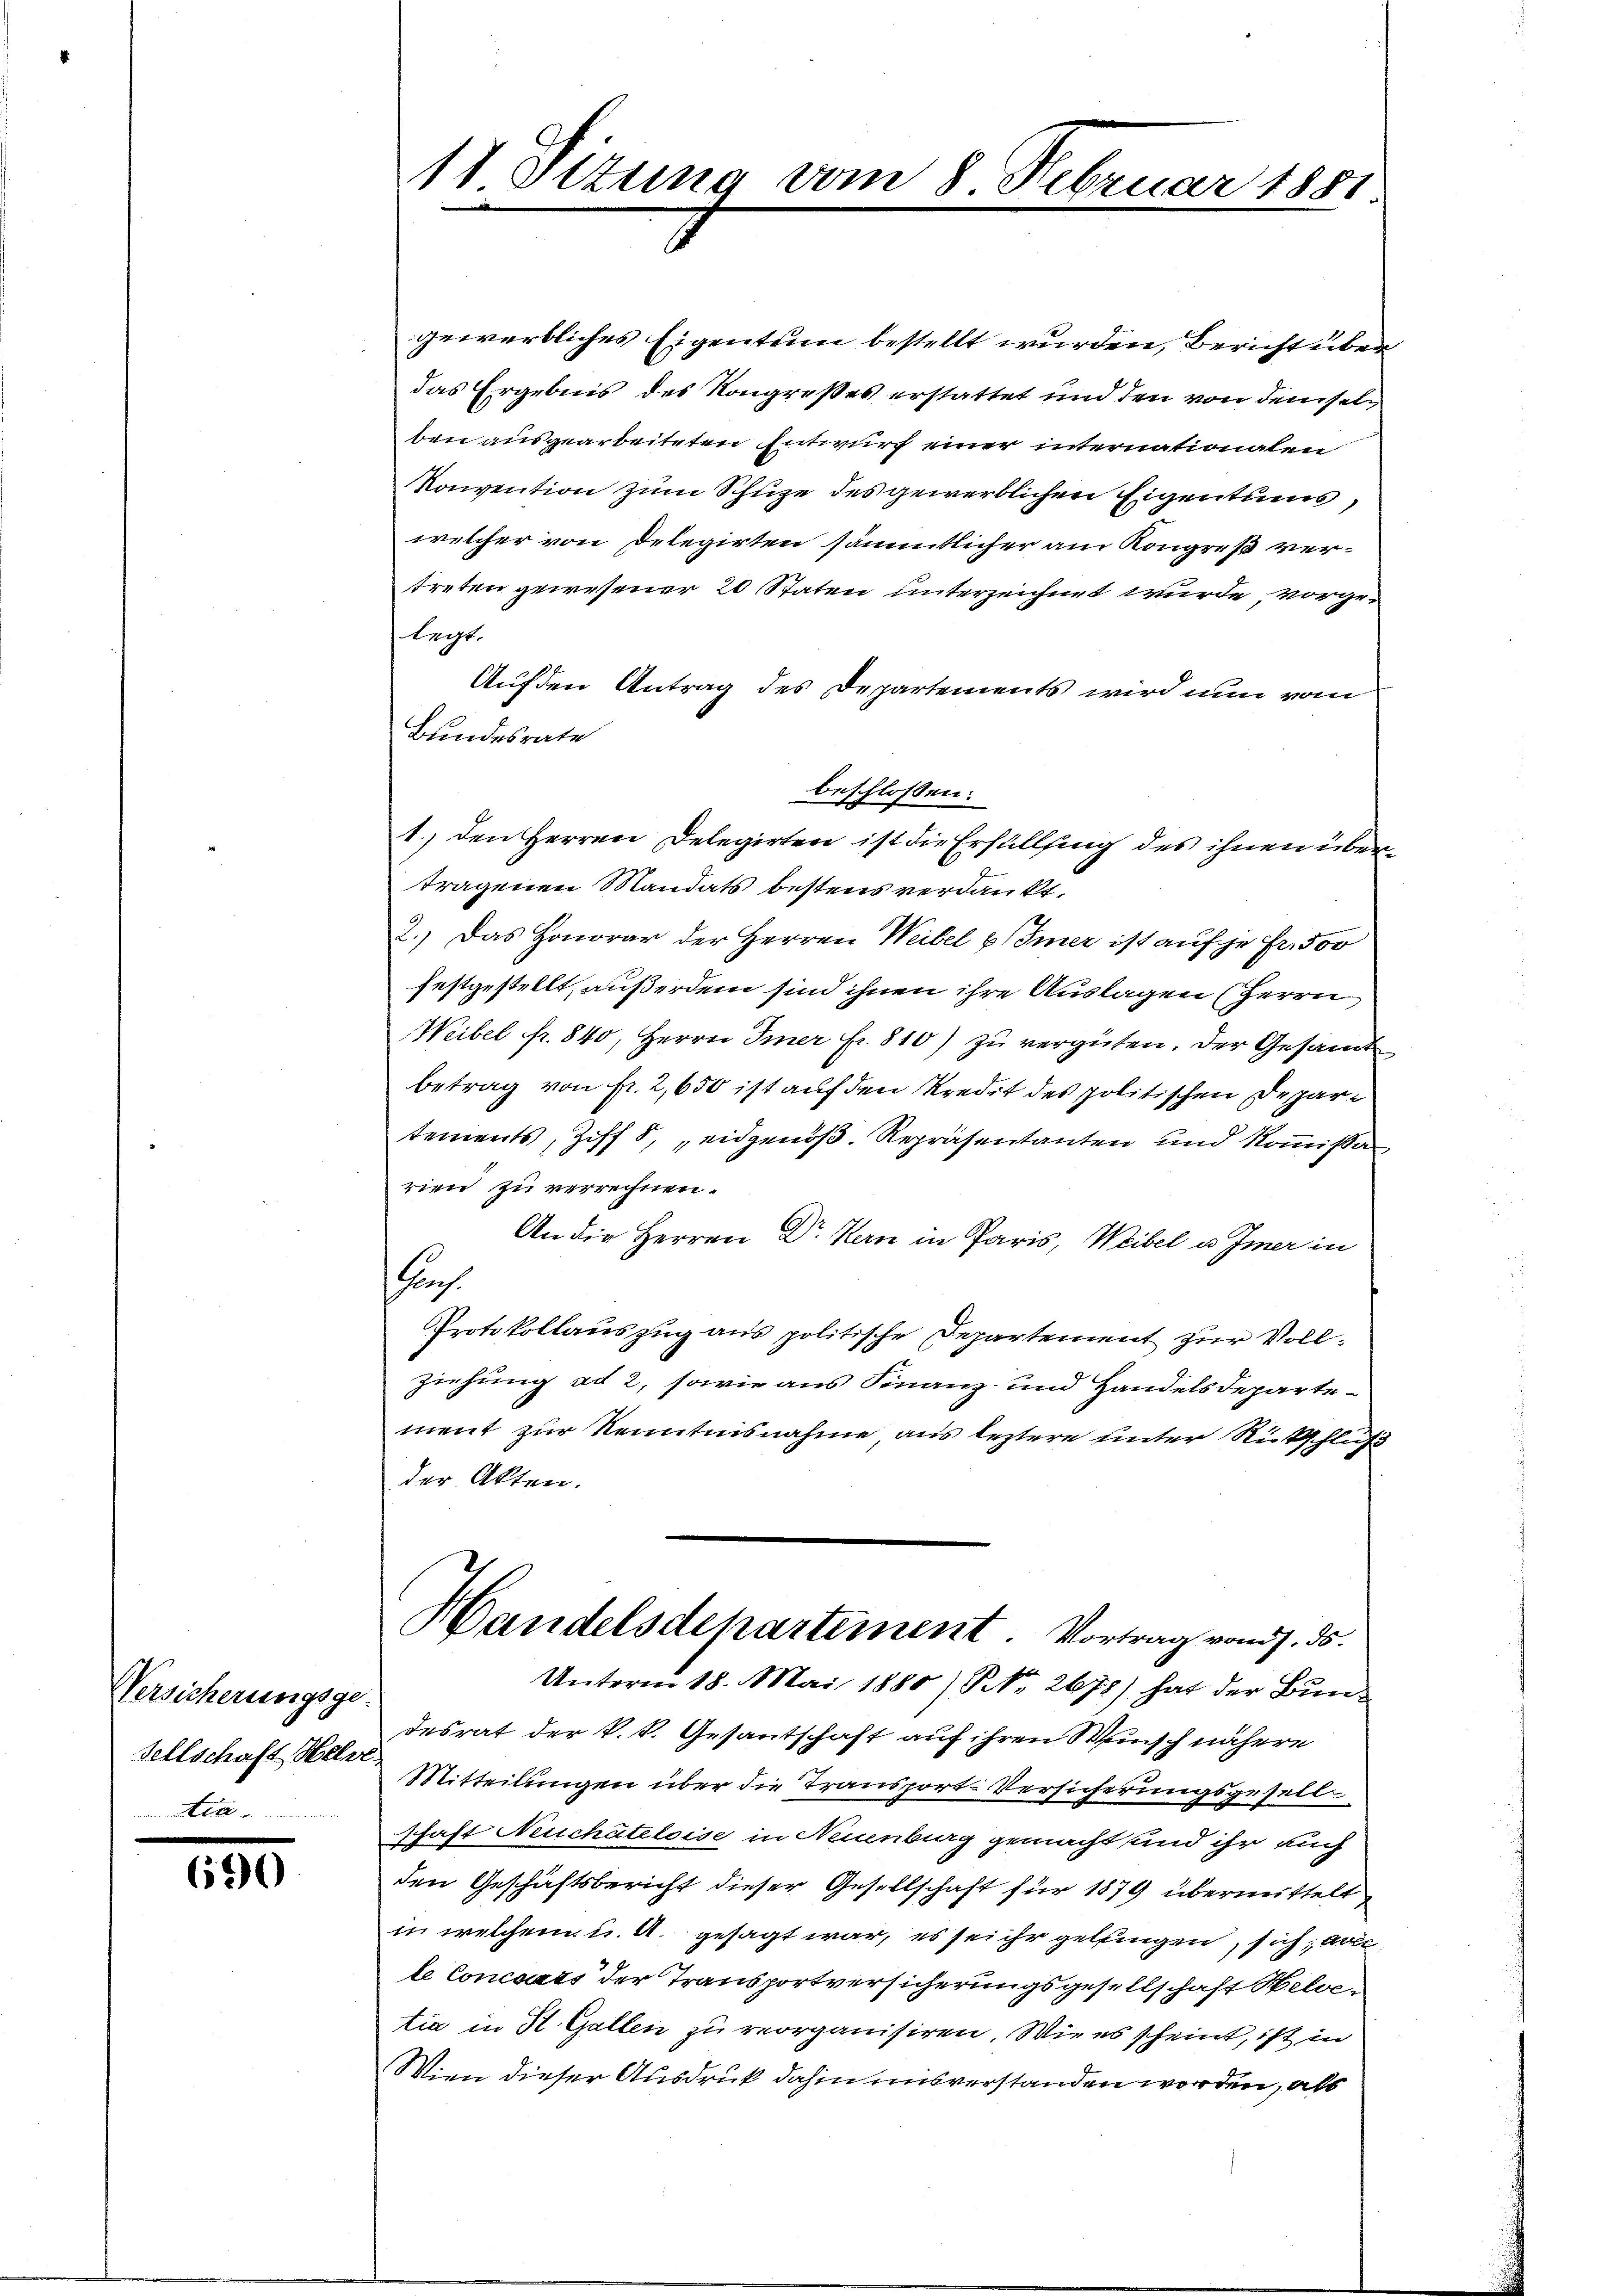
Versicherungsge
sellschaft Helve

690

11 Ottung vom 8. Februar 1881.

gewerbliches Eigentum bestellt wurden, Bericht über
das Ergebnis des Kongreßes erstattet und den von demselben ausgearbeiteten Entwurf einer internationalen
Konvention zum Schuze des gewerblichen Eigentums,
welcher von Delegirten sämmtlicher am Kongreß vertreten gewesener 20 Staten unterzeichnet wurde vorgelegt.
Auf den Antrag des Departements wird nun vom
Bundesrate
beschlossen:
1.) den Herren Delegirten ist die Erfüllung des ihnen übertragenen Mandats bestens verdankt,
2.) Das Honorar der Herren Weibel (Imer ist auf je Fr. 500
festgestellt, außerdem sind ihnen ihre Auslagen (Herrn
Weibel fr. 840, Herrn Inner Fr. 810) zu vergüten. Der Gesamt
Betrag von fr. 2,650 ist auf den Kredit des politischen Departements, Ziff 8, „eidgenöß. Repräsentanten und Kommißar
rien zu verrechnen.
An die Herren Dr. Kern in Paris, Weibel u. Immer in
Prof.
Protokollauszug aus politische Departement zur Vollziehung ad 2, sowie aus Finanz- und Handelsdepartement zur Kenntnisnahme aus leztere unter Ritschluß
der Akten.
Handelsdepartement. Vortrag von 7. ds.
Unterm 18. Mai 1885) NNo. 2678) hat der Bundesrat der k.k. Gesantschaft auf ihren Wunsch nähere
Mitteilungen über die Transport Versicherungsgesell
schaft Neuchateloise in Neuenburg gemacht und ihr auch
den Geschäftsbericht dieser Gesellschaft für 1879 übermittelt
in welchem u. A. gesagt war, es sei ihr gellingen, sich, da
le Concurs der Transportversicherungsgesellschaft Helvetia in K. Gallen zu reorganisiren. Wie es scheint, ist in
Wien dieser Ausdruck dahin misverstanden worden, als